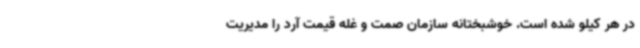
در هر کیلو شده است. خوشبختانه سازمان صمت و غله قیمت آرد را مدیریت